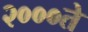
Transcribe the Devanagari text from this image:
२०००ते